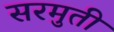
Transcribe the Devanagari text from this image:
सरमुती